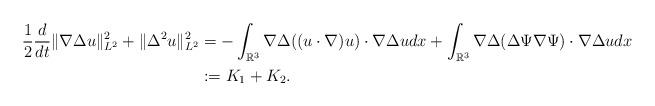
LaTeX: \begin{align*} \frac{1}{2}\frac{d}{dt}\|\nabla\Delta u\|_{L^{2}}^{2}+\|\Delta^{2}u\|_{L^{2}}^{2}&=-\int_{\mathbb{R}^{3}}\nabla\Delta((u\cdot\nabla) u)\cdot\nabla\Delta u dx+\int_{\mathbb{R}^{3}}\nabla\Delta(\Delta\Psi\nabla\Psi)\cdot\nabla\Delta u dx\\ &:=K_{1}+K_{2}.\end{align*}